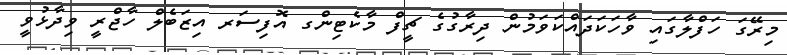
މިރޭގަ ހަފްލާގައި ވާހަކަދައްކަވަމުން ދިރާގުގެ ޗީފް މާކެޓިންގ އޮފިސަރ އިޒަބެލް ހާޖްރީ ވިދާޅުވީ